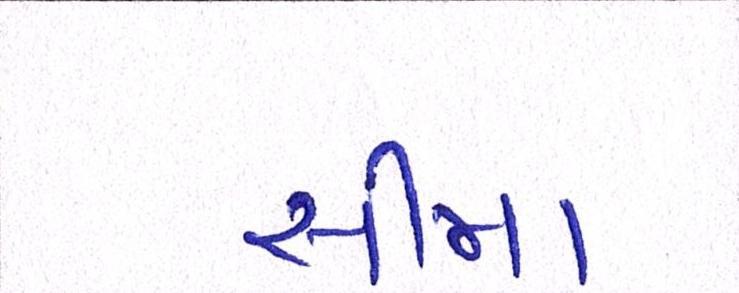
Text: સીમા